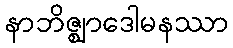
နာဘိဇ္ဈာဒေါမနဿာ